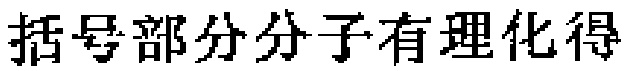
括号部分分子有理化得